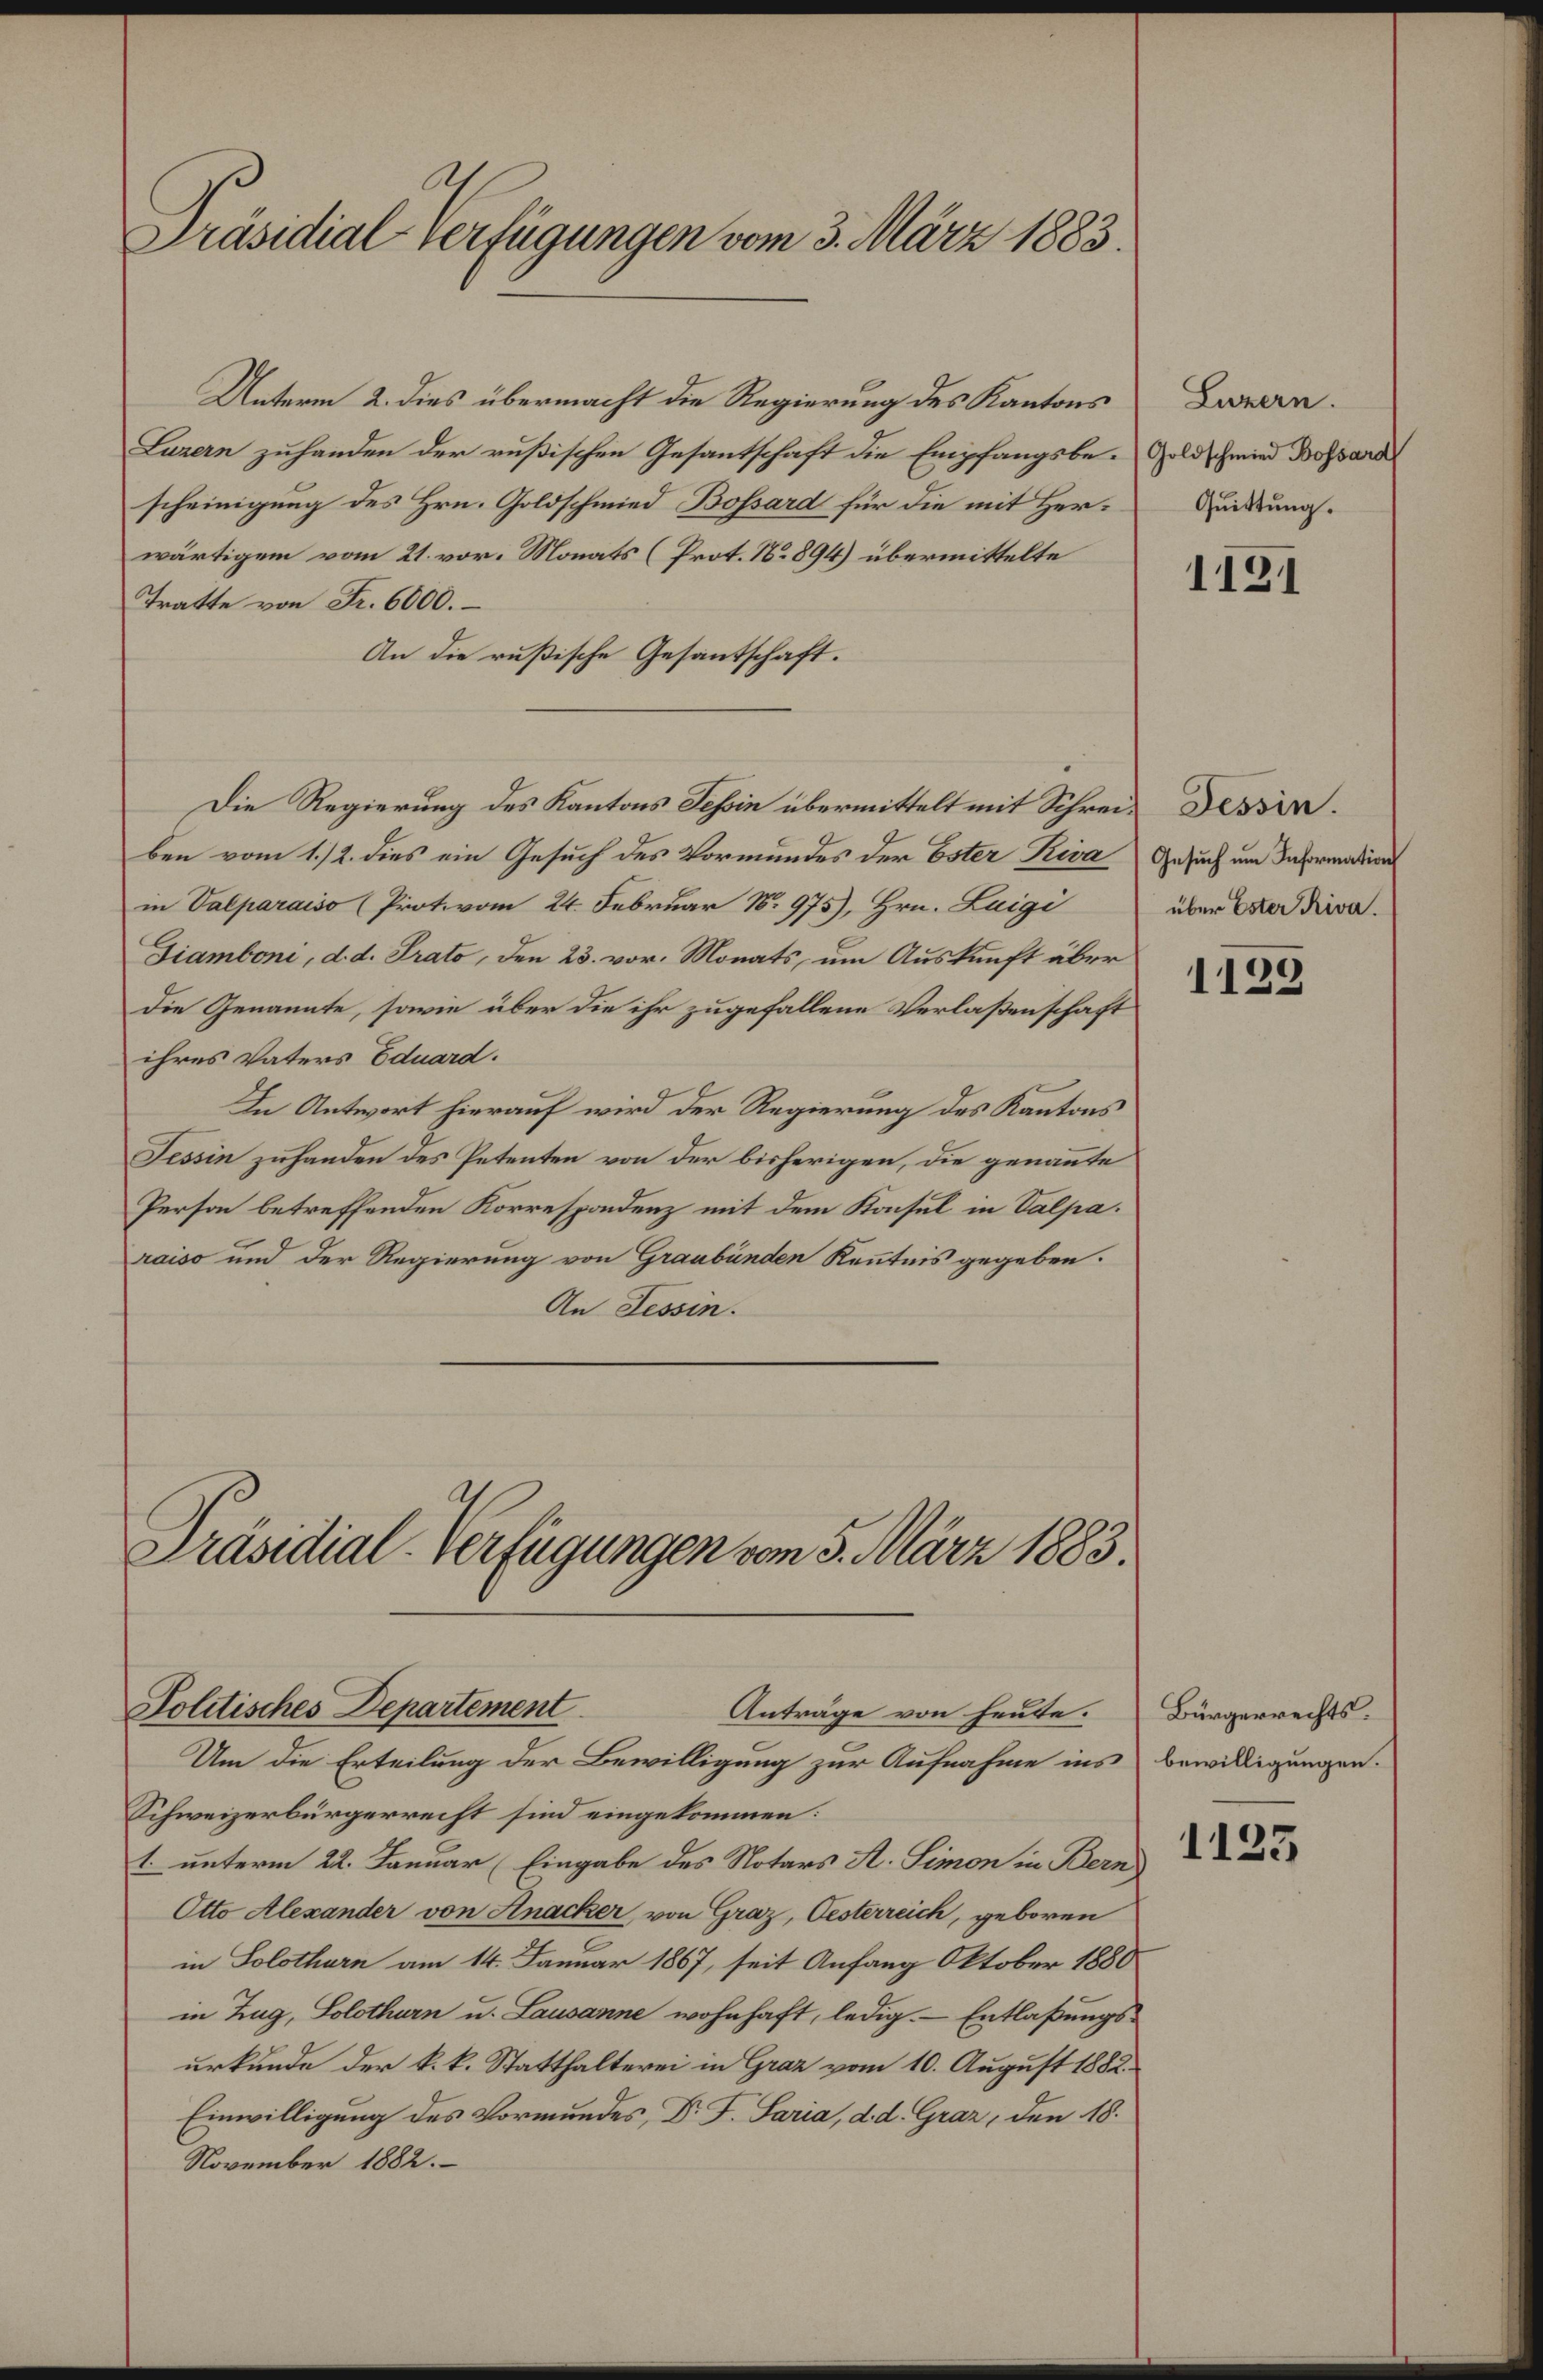
Präsidial-Verfügungen vom 3. März 1883.

Unterm 2. dies übermacht die Regierung des Kantons
Luzern zuhanden der rußischen Gesantschaft die Empfangsbe-
scheinigung des Hrn. Goldschmied Bossard für die mit Herwärtigem vom 21. vor. Monats (Prot. No 894) übermittelte
Tratte von Fr. 6000.
An die rußische Gesandschaft.
ben vom 1./2. dies ein Gesuch des Vormundes der Ester Riva
in Valparaiso (Prot. vom 24. Februar N. 975), Hrn. Luigi
Giamboni, d. d. Prato, den 23. vor. Monats, um Auskunft über
die Genannte, sowie über die ihr zugefallene Verlaßenschaft
ihres Vaters Eduard.
In Antwort hierauf wird der Regierung des Kantons
Tessin zuhanden des Petenten von der bisherigen, die genannte
Person betreffenden Korrespondenz mit dem Konsul in Valpa.
raiso und der Regierung von Graubünden Kenntnis gegeben.
An Tessin.

Die Regierung des Kantons Tessin übermittelt mit Schrei¬ Tessin.

Präsidial-Verfügungen vom 5. März 1883.
Politisches Departement
Anträge von heute.

Um die Erteilung der Bewilligung zur Aufnahme ins bewilligungen.
Schweizerbürgerrecht sind eingekommen:
1. unterm 22. Januar (Eingabe des Notars A. Simon in Bern
Otto Alexander von Anacker, von Graz, Oesterreich, geboren
in Solothurn am 14. Januar 1867, seit Anfang Oktober 1880
in Zug, Solothurn u. Lausanne wohnhaft, ledig. — Entlaßungsurkunde der k.k. Statthalterei in Graz vom 10. August 1882.
Einwilligung des Vormundes, Dr. F. Saria, d. d. Graz, den 18.
November 1882.

Luzern.
Goldschmied Bossard
Quittung.

1131

Gesuch um Information
über Ester Riva.

1133

Bürgerrechts.

1123